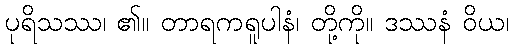
ပုရိသဿ၊ ၏။ တာရကရူပါနံ၊ တို့ကို။ ဒဿနံ ဝိယ၊